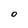
Character: 0